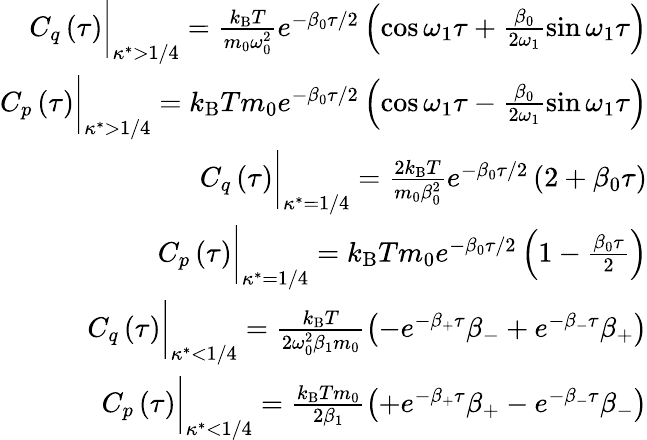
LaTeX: \begin{array}{r}{C_{q}\left(\tau\right)\biggr\rvert_{\kappa^{*}>1/4}=\frac{k_{\mathrm{B}}T}{m_{0}\omega_{0}^{2}}e^{-\beta_{0}\tau/2}\left(\cos\omega_{1}\tau+\frac{\beta_{0}}{2\omega_{1}}\sin\omega_{1}\tau\right)}\\ {C_{p}\left(\tau\right)\biggr\rvert_{\kappa^{*}>1/4}=k_{\mathrm{B}}Tm_{0}e^{-\beta_{0}\tau/2}\left(\cos\omega_{1}\tau-\frac{\beta_{0}}{2\omega_{1}}\sin\omega_{1}\tau\right)}\\ {C_{q}\left(\tau\right)\biggr\rvert_{\kappa^{*}=1/4}=\frac{2k_{\mathrm{B}}T}{m_{0}\beta_{0}^{2}}e^{-\beta_{0}\tau/2}\left(2+\beta_{0}\tau\right)}\\ {C_{p}\left(\tau\right)\biggr\rvert_{\kappa^{*}=1/4}=k_{\mathrm{B}}Tm_{0}e^{-\beta_{0}\tau/2}\left(1-\frac{\beta_{0}\tau}{2}\right)}\\ {C_{q}\left(\tau\right)\biggr\rvert_{\kappa^{*}<1/4}=\frac{k_{\mathrm{B}}T}{2\omega_{0}^{2}\beta_{1}m_{0}}\left(-e^{-\beta_{+}\tau}\beta_{-}+e^{-\beta_{-}\tau}\beta_{+}\right)}\\ {C_{p}\left(\tau\right)\biggr\rvert_{\kappa^{*}<1/4}=\frac{k_{\mathrm{B}}Tm_{0}}{2\beta_{1}}\left(+e^{-\beta_{+}\tau}\beta_{+}-e^{-\beta_{-}\tau}\beta_{-}\right)}\end{array}